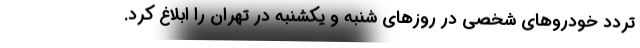
تردد خودروهای شخصی در روزهای شنبه و یکشنبه در تهران را ابلاغ کرد.